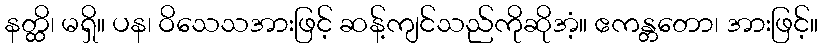
နတ္ထိ၊ မရှိ။ ပန၊ ဝိသေသအားဖြင့် ဆန့်ကျင်သည်ကိုဆိုအံ့။ ဧကန္တတော၊ အားဖြင့်။